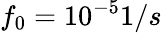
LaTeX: f_{0}=10^{-5}1/s